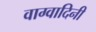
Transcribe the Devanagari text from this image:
वाग्वादिनी